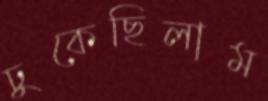
ঢুকেছিলাম